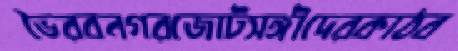
ভৈরবনগরজোটসঙ্গীদেরকাঠব